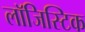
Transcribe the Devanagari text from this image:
लाॅजिस्टिक